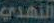
النهدي